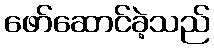
ဖော်ဆောင်ခဲ့သည်